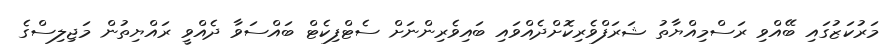
މަރުކަޒުގައި ބޭއްވި ރަސްމިއްޔާތު ޝަރަފްވެރިކޮށްދެއްވައި ބައިވެރިންނަށް ސެޓްފިކެޓް ބައްސަވާ ދެއްވީ ރައްޔިތުން މަޖިލިސްގެ